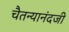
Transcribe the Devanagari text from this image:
चैतन्यानंदजी